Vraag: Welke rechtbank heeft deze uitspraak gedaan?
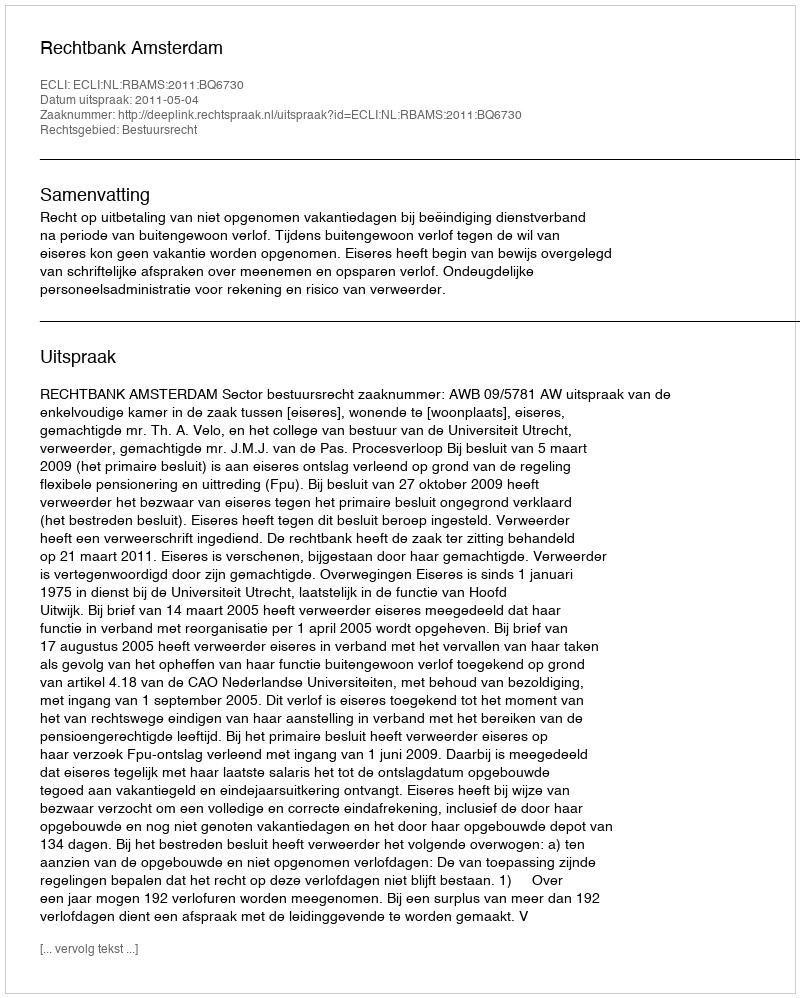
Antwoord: Rechtbank Amsterdam